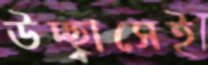
উচ্ছ্বাসেই